Punjab Mental Hospital Lahore 1932-46 - 1932-1946
Year: 1932
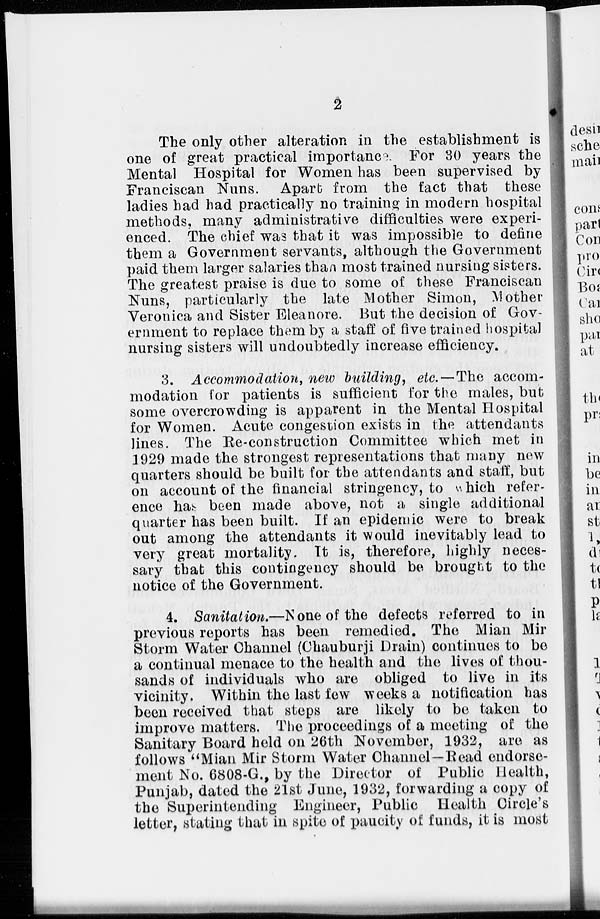
2
The only other alteration in the establishment is
one of great practical importance. For 30 years the
Mental Hospital for Women has been supervised by
Franciscan Nuns. Apart from the fact that these
ladies had had practically no training in modern hospital
methods, many administrative difficulties were experi-
enced. The chief was that it was impossible to define
them a Government servants, although the Government
paid them larger salaries than most trained nursing sisters.
The greatest praise is due to some of these Franciscan
Nuns, particularly the late Mother Simon, Mother
Veronica and Sister Eleanore. But the decision of Gov-
ernment to replace them by a staff of five trained hospital
nursing sisters will undoubtedly increase efficiency.
3. Accommodation, new building, etc.—The accom-
modation for patients is sufficient for the males, but
some overcrowding is apparent in the Mental Hospital
for Women. Acute congestion exists in the attendants
lines. The Re-construction Committee which met in
1929 made the strongest representations that many new
quarters should be built for the attendants and staff, but
on account of the financial stringency, to which refer-
ence has been made above, not a single additional
quarter has been built. If an epidemic were to break
out among the attendants it would inevitably lead to
very great mortality. It is, therefore, highly neces-
sary that this contingency should be brought to the
notice of the Government.
4. Sanitation.—None of the defects referred to in
previous reports has been remedied. The Mian Mir
Storm Water Channel (Chauburji Drain) continues to be
a continual menace to the health and the lives of thou-
sands of individuals who are obliged to live in its
vicinity. Within the last few weeks a notification has
been received that steps are likely to be taken to
improve matters. The proceedings of a meeting of the
Sanitary Board held on 26th November, 1932, are as
follows "Mian Mir Storm Water Channel—Read endorse-
ment No. 6808-G., by the Director of Public Health,
Punjab, dated the 21st June, 1932, forwarding a copy of
the Superintending Engineer, Public Health Circle's
letter, stating that in spite of paucity of funds, it is most